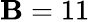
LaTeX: \mathbf{B}=11